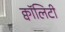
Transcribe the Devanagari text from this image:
क्वॉलिटी